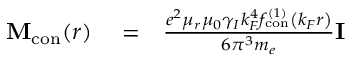
\begin{array} { r l r } { \mathbf { M } _ { \mathrm { c o n } } ( r ) } & { { } = } & { \frac { e ^ { 2 } \mu _ { r } \mu _ { 0 } \gamma _ { I } k _ { F } ^ { 4 } f _ { \mathrm { c o n } } ^ { ( 1 ) } \left( k _ { F } r \right) } { 6 \pi ^ { 3 } m _ { e } } \mathbf { I } } \end{array}